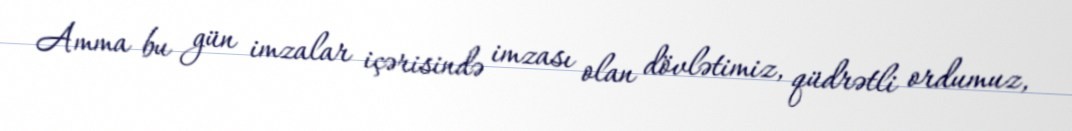
Amma bu gün imzalar içərisində imzası olan dövlətimiz, qüdrətli ordumuz,